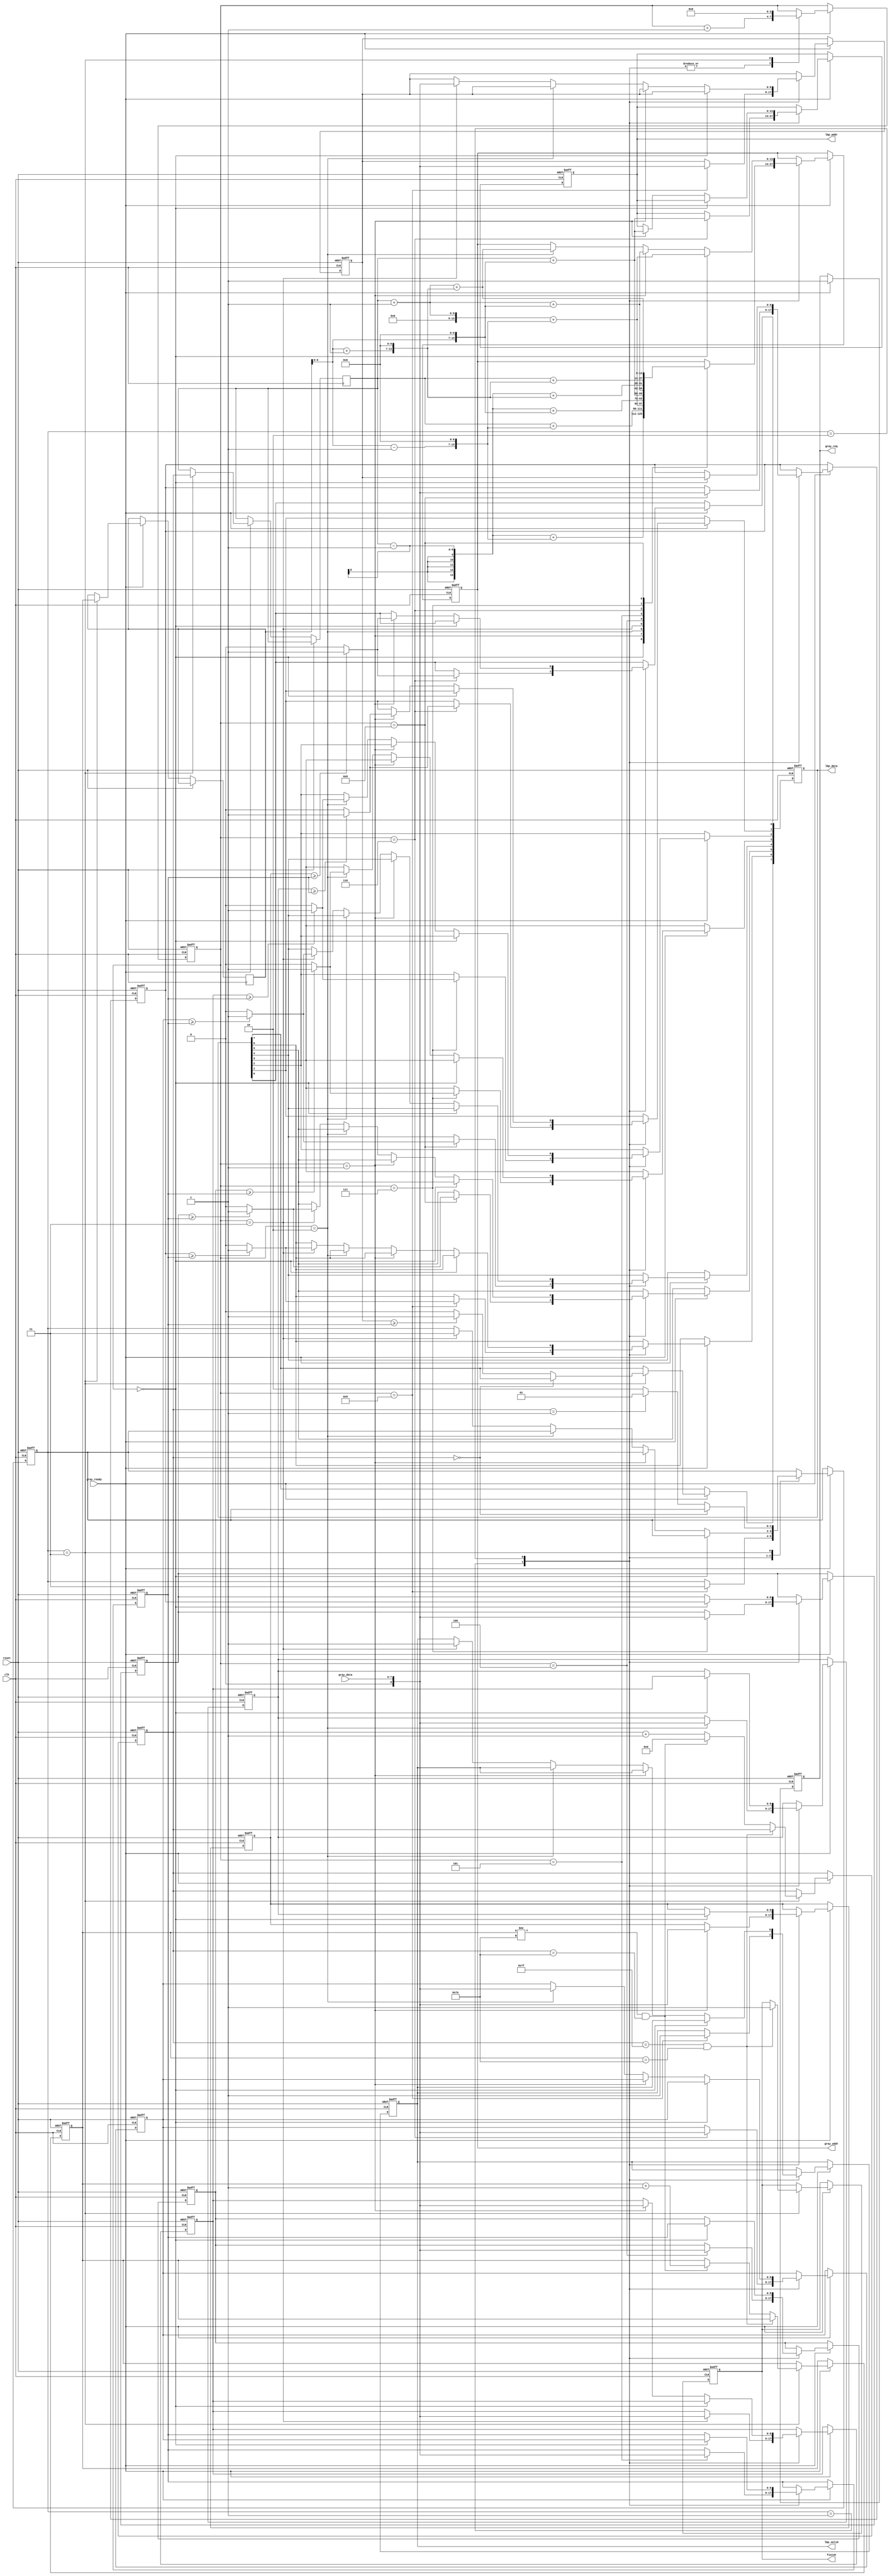

`timescale 1ns/10ps
module LBP ( clk, reset, gray_addr, gray_req, gray_ready, gray_data, lbp_addr, lbp_valid, lbp_data, finish);
input   	clk;
input   	reset;
input gray_ready;
input [7:0] gray_data;
output reg [13:0] gray_addr;
output reg     	  gray_req;
output reg [13:0] lbp_addr;
output reg lbp_valid;
output reg [7:0] lbp_data;
output reg 	finish;

reg [7:0] x,y;
reg [7:0] x1,y1;
reg [8:0]data[8:0];
reg [1:0]state;//0 :egde 1 : x = 1(load 9 num) 2 : else 3 : xy change
reg [3:0]load;
always @(posedge clk or posedge reset) begin
    if(reset) begin
        gray_addr <= 14'd0;
        gray_req <= 1'd0;
        lbp_valid <= 1'd0;
        lbp_data <= 8'd0;
        lbp_addr <= 14'd0;
        finish <= 1'd0;
        x <= 8'd0;
        y <= 8'd1;
        state <= 2'd3;
        data[0] <= 9'd0;
        data[1] <= 9'd0;
        data[2] <= 9'd0;
        data[3] <= 9'd0;
        data[4] <= 9'd0;
        data[5] <= 9'd0;
        data[6] <= 9'd0;
        data[7] <= 9'd0;
        data[8] <= 9'd0;
        load <= 4'd0;
    end
    else if (gray_ready) begin
        gray_req <= 1'd1;//check
        case (state)
        2'd1:begin//x = 1
            load <= load + 4'd1;
            case(load)
            4'd0:begin
                gray_addr <= (x1-1) + ((y1-1) << 7);
            end
            4'd1:begin
                gray_addr <= (x1) + ((y1-1) <<7);
                data[0] <= gray_data;
            end
            4'd2:begin
                gray_addr <= (x1+1) + ((y1-1) <<7);
                data[1] <= gray_data;
            end
            4'd3:begin
                gray_addr <= (x1-1) + ((y1) <<7);
                data[2] <= gray_data;
            end
            4'd4:begin
                gray_addr <= (x1) + ((y1) <<7);
                data[3] <= gray_data;
            end
            4'd5:begin
                gray_addr <= (x1+1) + ((y1) <<7);
                data[4] <= gray_data;
            end
            4'd6:begin
                gray_addr <= (x1-1) + ((y1+1) <<7);
                data[5] <= gray_data;
                lbp_addr <= x1 + (y1 <<7);
                lbp_data[0] <= data[0] >= data[4] ? 1'b1:1'b0;
                lbp_data[1] <= data[1] >= data[4] ? 1'b1:1'b0;
            end
            4'd7:begin
                gray_addr <= (x1 ) + ((y1+1) <<7);
                data[6] <= gray_data;
                lbp_data[2] <= data[2] >= data[4] ? 1'b1:1'b0;
                lbp_data[3] <= data[3] >= data[4] ? 1'b1:1'b0;
            end
            4'd8:begin
                gray_addr <= (x1 + 1) + ((y1+1) <<7);
                data[7] <= gray_data;
                lbp_data[4] <= data[5] >= data[4] ? 1'b1:1'b0;
                lbp_data[5] <= data[6] >= data[4] ? 1'b1:1'b0;
            end
            4'd9:begin
                data[8] <= gray_data;
                lbp_data[6] <= data[7] >= data[4] ? 1'b1:1'b0;
                state <= 3'd3;
                lbp_valid <= 1'd1;
            end
            endcase
        end
        2'd2: begin//else
            load <= load + 4'd1;
            if(load == 4'd0)begin
                data[0] <= data[1];
                data[1] <= data[2];
                data[3] <= data[4];
                data[4] <= data[5];
                data[6] <= data[7];
                data[7] <= data[8];
                gray_addr <= (x1 + 1) + ((y1-1) <<7);
            end
            else if(load == 4'd1)begin
                gray_addr <= (x1 + 1) + ((y1) <<7);
                data[2] <= gray_data;
                lbp_addr <= x1 + (y1 <<7);
                lbp_data[0] <= data[0] >= data[4] ? 1'b1:1'b0;
                lbp_data[1] <= data[1] >= data[4] ? 1'b1:1'b0;
            end
            else if(load == 4'd2)begin
                gray_addr <= (x1 + 1) + ((y1 + 1) <<7);
                data[5] <= gray_data;
                lbp_data[2] <= data[2] >= data[4] ? 1'b1:1'b0;
                lbp_data[3] <= data[3] >= data[4] ? 1'b1:1'b0;
            end
            else if(load == 4'd3)begin
                data[8] <= gray_data;
                lbp_data[4] <= data[5] >= data[4] ? 1'b1:1'b0;
                lbp_data[5] <= data[6] >= data[4] ? 1'b1:1'b0;
                lbp_data[6] <= data[7] >= data[4] ? 1'b1:1'b0;
                state <= 3'd3;
                lbp_valid <= 1'd1;
            end
        end
        2'd3 : begin
            if (x == 8'd127 && y == 8'd126)begin
                finish <= 1'd1;
            end
            else if (y != 8'd126 && x == 8'd126) begin
                y <= y + 8'd1;
                x <= 8'd0;
            end
            else begin
                x <= x + 8'd1;
            end
            x1 <= x;
            y1 <= y;
            if(x == 8'd0)begin
                load <= 4'd0;
            end
            else if(x == 8'd1)begin
                state <= 2'd1;
                lbp_data[7] <= data[8] >= data[4] ? 1'b1:1'b0;
                load <= 4'd0;
            end
            else begin
                state <= 2'd2; 
                lbp_data[7] <= data[8] >= data[4] ? 1'b1:1'b0;
                load <= 4'd0;
            end
        end
        endcase
    end
end
//====================================================================
endmodule